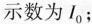
示数为I_{0}；